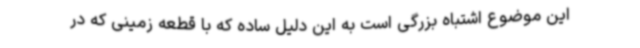
این موضوع اشتباه بزرگی است به این دلیل ساده که با قطعه زمینی که در